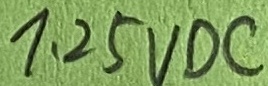
Text: 1.25vdc